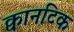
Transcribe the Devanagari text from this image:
क्वानटिक